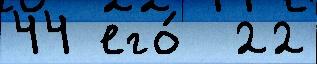
44 его́  22